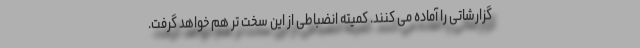
گزارشاتی را آماده می کنند. کمیته انضباطی از این سخت تر هم خواهد گرفت.